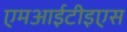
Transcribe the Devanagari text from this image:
एमआईटीइएस